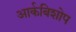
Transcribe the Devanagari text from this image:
आर्कबिशोप